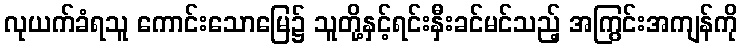
လုယက်ခံရသူ ကောင်းသောမြေ၌ သူတို့နှင့်ရင်းနှီးခင်မင်သည့် အကြွင်းအကျန်ကို